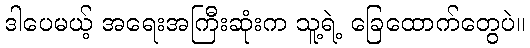
ဒါပေမယ့် အရေးအကြီးဆုံးက သူ့ရဲ့ ခြေထောက်တွေပဲ။